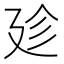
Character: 𢌝